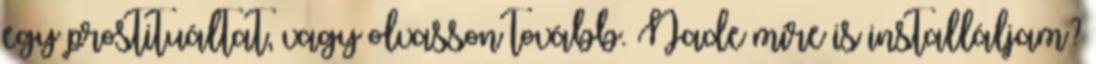
egy prostituáltat, vagy olvasson tovább. Nade mire is installáljam?